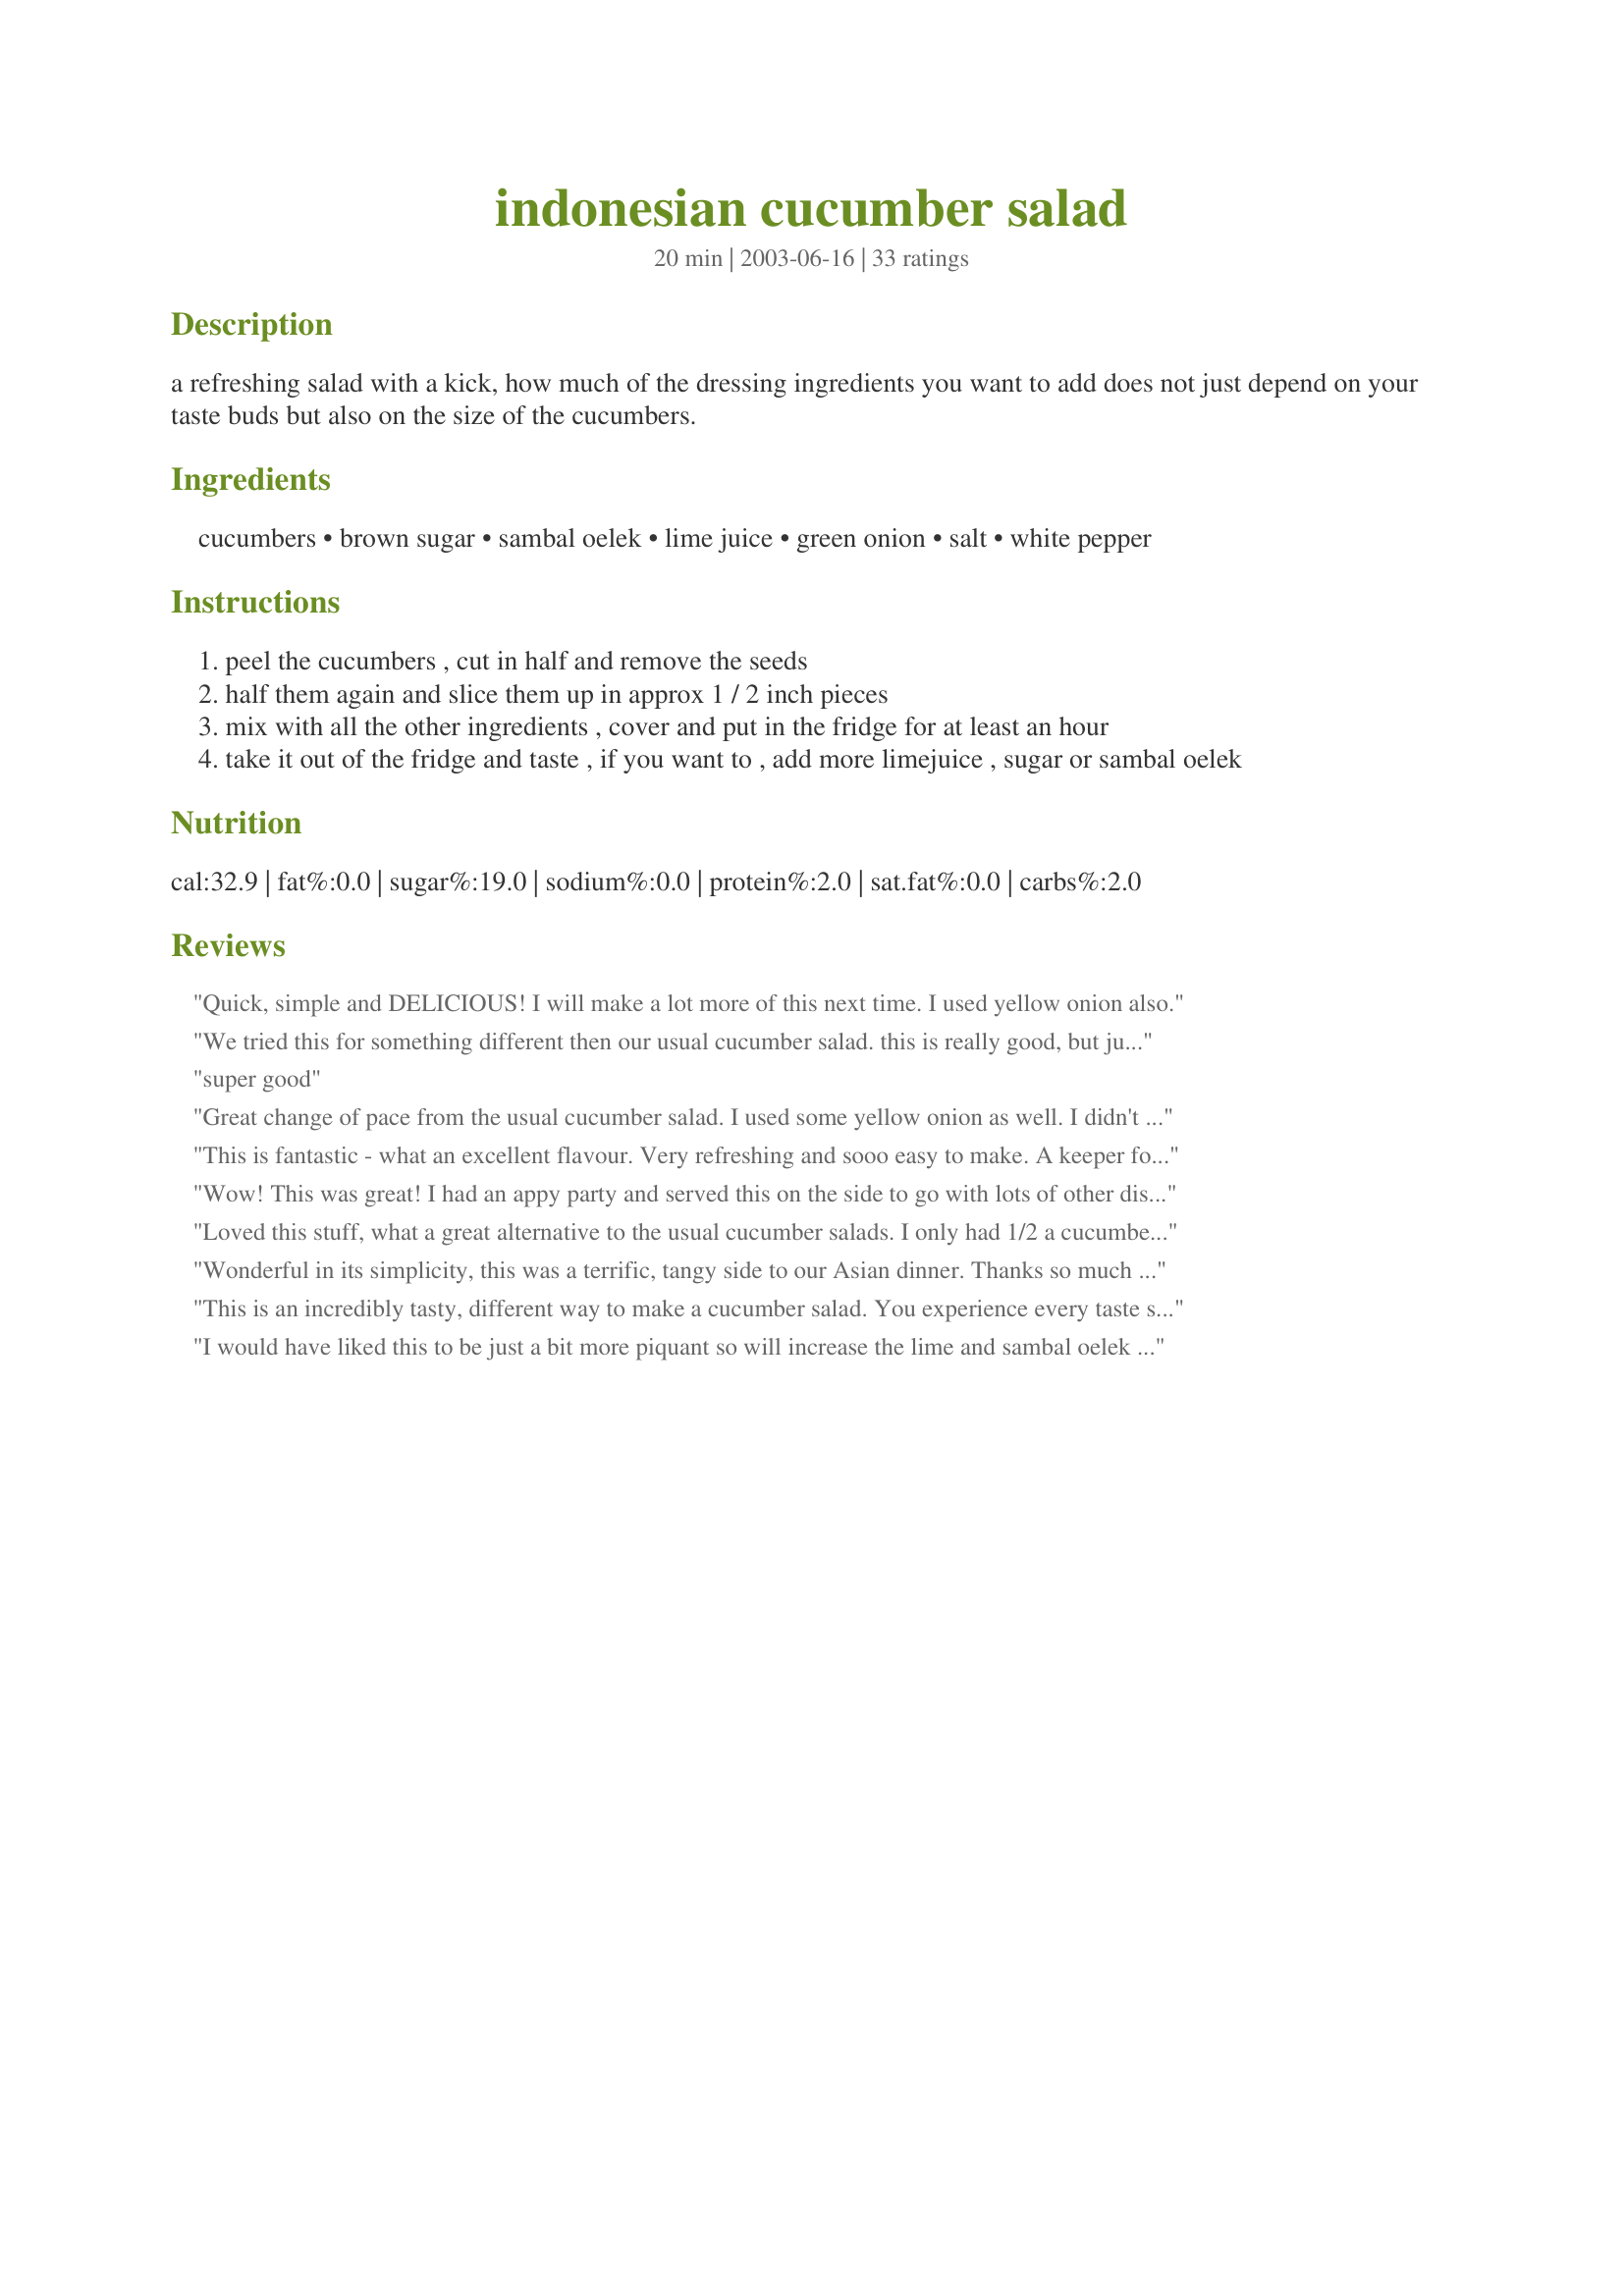
indonesian cucumber salad
Preparation time: 20 minutes

a refreshing salad with a kick, how much of the dressing ingredients you want to add does not just depend on your taste buds but also on the size of the cucumbers.

Ingredients:
cucumbers, brown sugar, sambal oelek, lime juice, green onion, salt, white pepper

Steps:
peel the cucumbers , cut in half and remove the seeds
half them again and slice them up in approx 1 / 2 inch pieces
mix with all the other ingredients , cover and put in the fridge for at least an hour
take it out of the fridge and taste , if you want to , add more limejuice , sugar or sambal oelek

Reviews:
Quick, simple and DELICIOUS! I will make a lot more of this next time. I used yellow onion also.
We tried this for something different then our usual cucumber salad. this is really good, but just know that it gets spicier in the fridge. DH was loving it. thank you for sharing with us.
super good
Great change of pace from the usual cucumber salad. I used some yellow onion as well. I didn't peel the cucumber as in the instructions, but would do so next time. Thanks for sharing.
This is fantastic - what an excellent flavour. Very refreshing and sooo easy to make. A keeper for our family. Will make alot for our summer BBQ. Thanks Pets!
Wow! This was great! I had an appy party and served this on the side to go with lots of other dishes. Perfect!I Couldn't find sambal oelek so used an Asian chili paste instead. A little of that went a long way! Although I like spice, the sauce was pretty spicy. I served it to 6 people and every single one rated this a 5-star! Thanks Pets for another winner. Made for Cook-a-thon for Pets'R'us.
Loved this stuff, what a great alternative to the usual cucumber salads. I only had 1/2 a cucumber so guessed at reducing the other ingredients, but it was fabulous. It was the first time i had used sambal oelek and am now hooked on the stuff.
Wonderful in its simplicity, this was a terrific, tangy side to our Asian dinner. Thanks so much for posting!
This is an incredibly tasty, different way to make a cucumber salad. You experience every taste sensation in one bite! I thoroughly enjoyed every bite! Thanks for the flavor sensation!
I would have liked this to be just a bit more piquant so will increase the lime and sambal oelek next time. Also will make more, since it didn't yield as much as I would have liked. Maybe my cucumbers were too small? Thanks for posting.
I chose this recipe because I have a glut of limes -- and what a good way to dispense with one. I used a semi-long, thin variety of cucumber, so didn't bother to peel it, but followed the rest of the recipe. Removing the seeds helps to keep the salad from being too watery. I will make this often to accompany Asian main dishes. Thanks for posting.
Yummy, yummy! Nice and spicy. I used brown sugar substitute to keep the sugar down and I thought I still had some chili paste but...no!.. so I used sriracha chili sauce. Now I want to try it with the original ingredient to see which has the best heat and flavor. Another keeper. I loved that it didn't create a bunch of liquid. Made in honor of Pets. She will be greatly missed.
This is very good. I didn't have green onion so I used half of a small yellow onion and sliced it very thin. My bh does not like raw onion, this way he could pick it out of the salad. We really enjoyed this and I will make this again.
Thanks for turning me on to a different way to make cucumber salad. Followed directions to the T. You`ve got sweet,spicy,refreshing all in 1 dish. Good stuff!
Light, crisp, and fresh tasting. Divine! Unfortunately I didn't have any green onions ... I don't really like the taste anyway. But nothing was missing from the flavour - at least not for DH and me. I added a touch more Oelek sauce and substituted fish sauce for the salt. I also added a little bit more lime. Overall so delicious. I will be sure to make this again. Thank you for the wonderful recipe.
Super recipe Pets! This was incredibly fast and easy to prepare - I was preparing an Asian style dinner and wanted to serve an extra little something on the side - this was perfect. So glad to have found this posted!
Not an authentic Indonesian food but it's tasty and easy to made :)
Oooh, this did not taste like I expected. This was too much of a sweet and sour type flavor for us. We didn't even eat it. Too sweet. Even added extra lime juice and sambal oelek to no avail. Will stick to the typical Sichuan cucumbers next time. Thanks anyway!
Simply wonderful! Fresh-tasting. Spicy. Sweet. Bite of chili from the chili paste. I also sprinkled some chopped roasted peanuts over top as I had some from another dish. A keeper!
A wonderful accompaniment to Asian food, which I cook often. Quick & easy to make & fabulous flavour. Another great recipe from Pets.
So quick and delicious! A keeper for sure! Thanks for posting.
This wasn't as flavorful as I expected but my husband loved it, so I'm giving it four stars. I increased the quantities of the seasonings and added fish sauce as one other reviewer suggested, so I think that helped.
This is very yummy and spicy. I didn't have green onion so I used red onion. I'm sure it's even better with green onion. I didn't use salt and pepper. Thanks Pets'R'us :) Made for I recommend tag game
Oh! What a refreshing kick! (never thought I'd say that ;) I loved it and used the Sambal Oelek from recipe#47589 by Sue L too. Made it with your Spiced Prawns and really had a lovely meal. Girl you made us sweat!! And my dear Pets that is a compliment from my home and heart ;) Fay
Loved the combo of cold, hot, and sweet. The sweet and sour flavor is very addicting. Made as written using a jar of Sambal Oelek Chili Paste I had in the frig. Will be making this a lot this summer thanks so much for the post.
A wonderful refreshing salad made for us by Jewelies for our Aussie Christmas Party last night. I especially loved the sweet and sour dressing, it was great with just enough bite.
We loved this cucumber salad! It was wonderfully balanced (I did increase the sambal oelek, but that is only because we love the heat). Thanks for posting!
This is very nice. I wanted a change from the ordinary, lettuce, tom, cue salad, and this hit the spot. I didn't have chilli paste so I used minced chilli, did the same, just didn't put as much. enjoyed by all, thank you for submitting. Foodlover1
This is a fabulous salad. Quick and easy to make but tastes sensational. Will definitely be making this one again.
Just finished eating a tub of this - LOL! I made mine really spicy to be different from other cucumber recipes. I added the sambol oleek and some crushed red pepper. I didn&#039;t have brown sugar so I used turbinado sugar instead. Also, I had two different recipes I was using and one called for lime juice and the other for vinegar but I didn&#039;t have the limes around at the moment so went with the vinegar. I had some small peppers so diced those which added beautiful color. Ate most of it immediately but I think I liked it better today after it had marinated a few days. Thanks for posting, I will try this with the lime as well.
Oh man, this was good. I added a little bit more sambal oelek because I like it spicy. Really hit the spot. Thanks for posting!
What a nice treat and very different from the standard cucumber salad. I selected your recipe to make as part of the Asian Culinary Tour and am so glad I did. I loved the spicy kick. Thank you Pets for sharing this terrific recipe.
Ice cold cucumber and hot spicey SambalOelek perfect I had this for lunch today with California Roll Sushi - perfect combination. I used 2 "Apple" cucumbers. They are round light yellow very sweet no burk cukes perfect I did not even deseed them. The Sambal Oelek was from recipe#47589 by Sue L. Great combination of spicey hot sweet & ice cold flavors a real winner Thanks PetsRus
